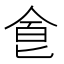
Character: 𠊊